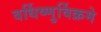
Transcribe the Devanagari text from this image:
वर्धिष्णुर्विक्रमे